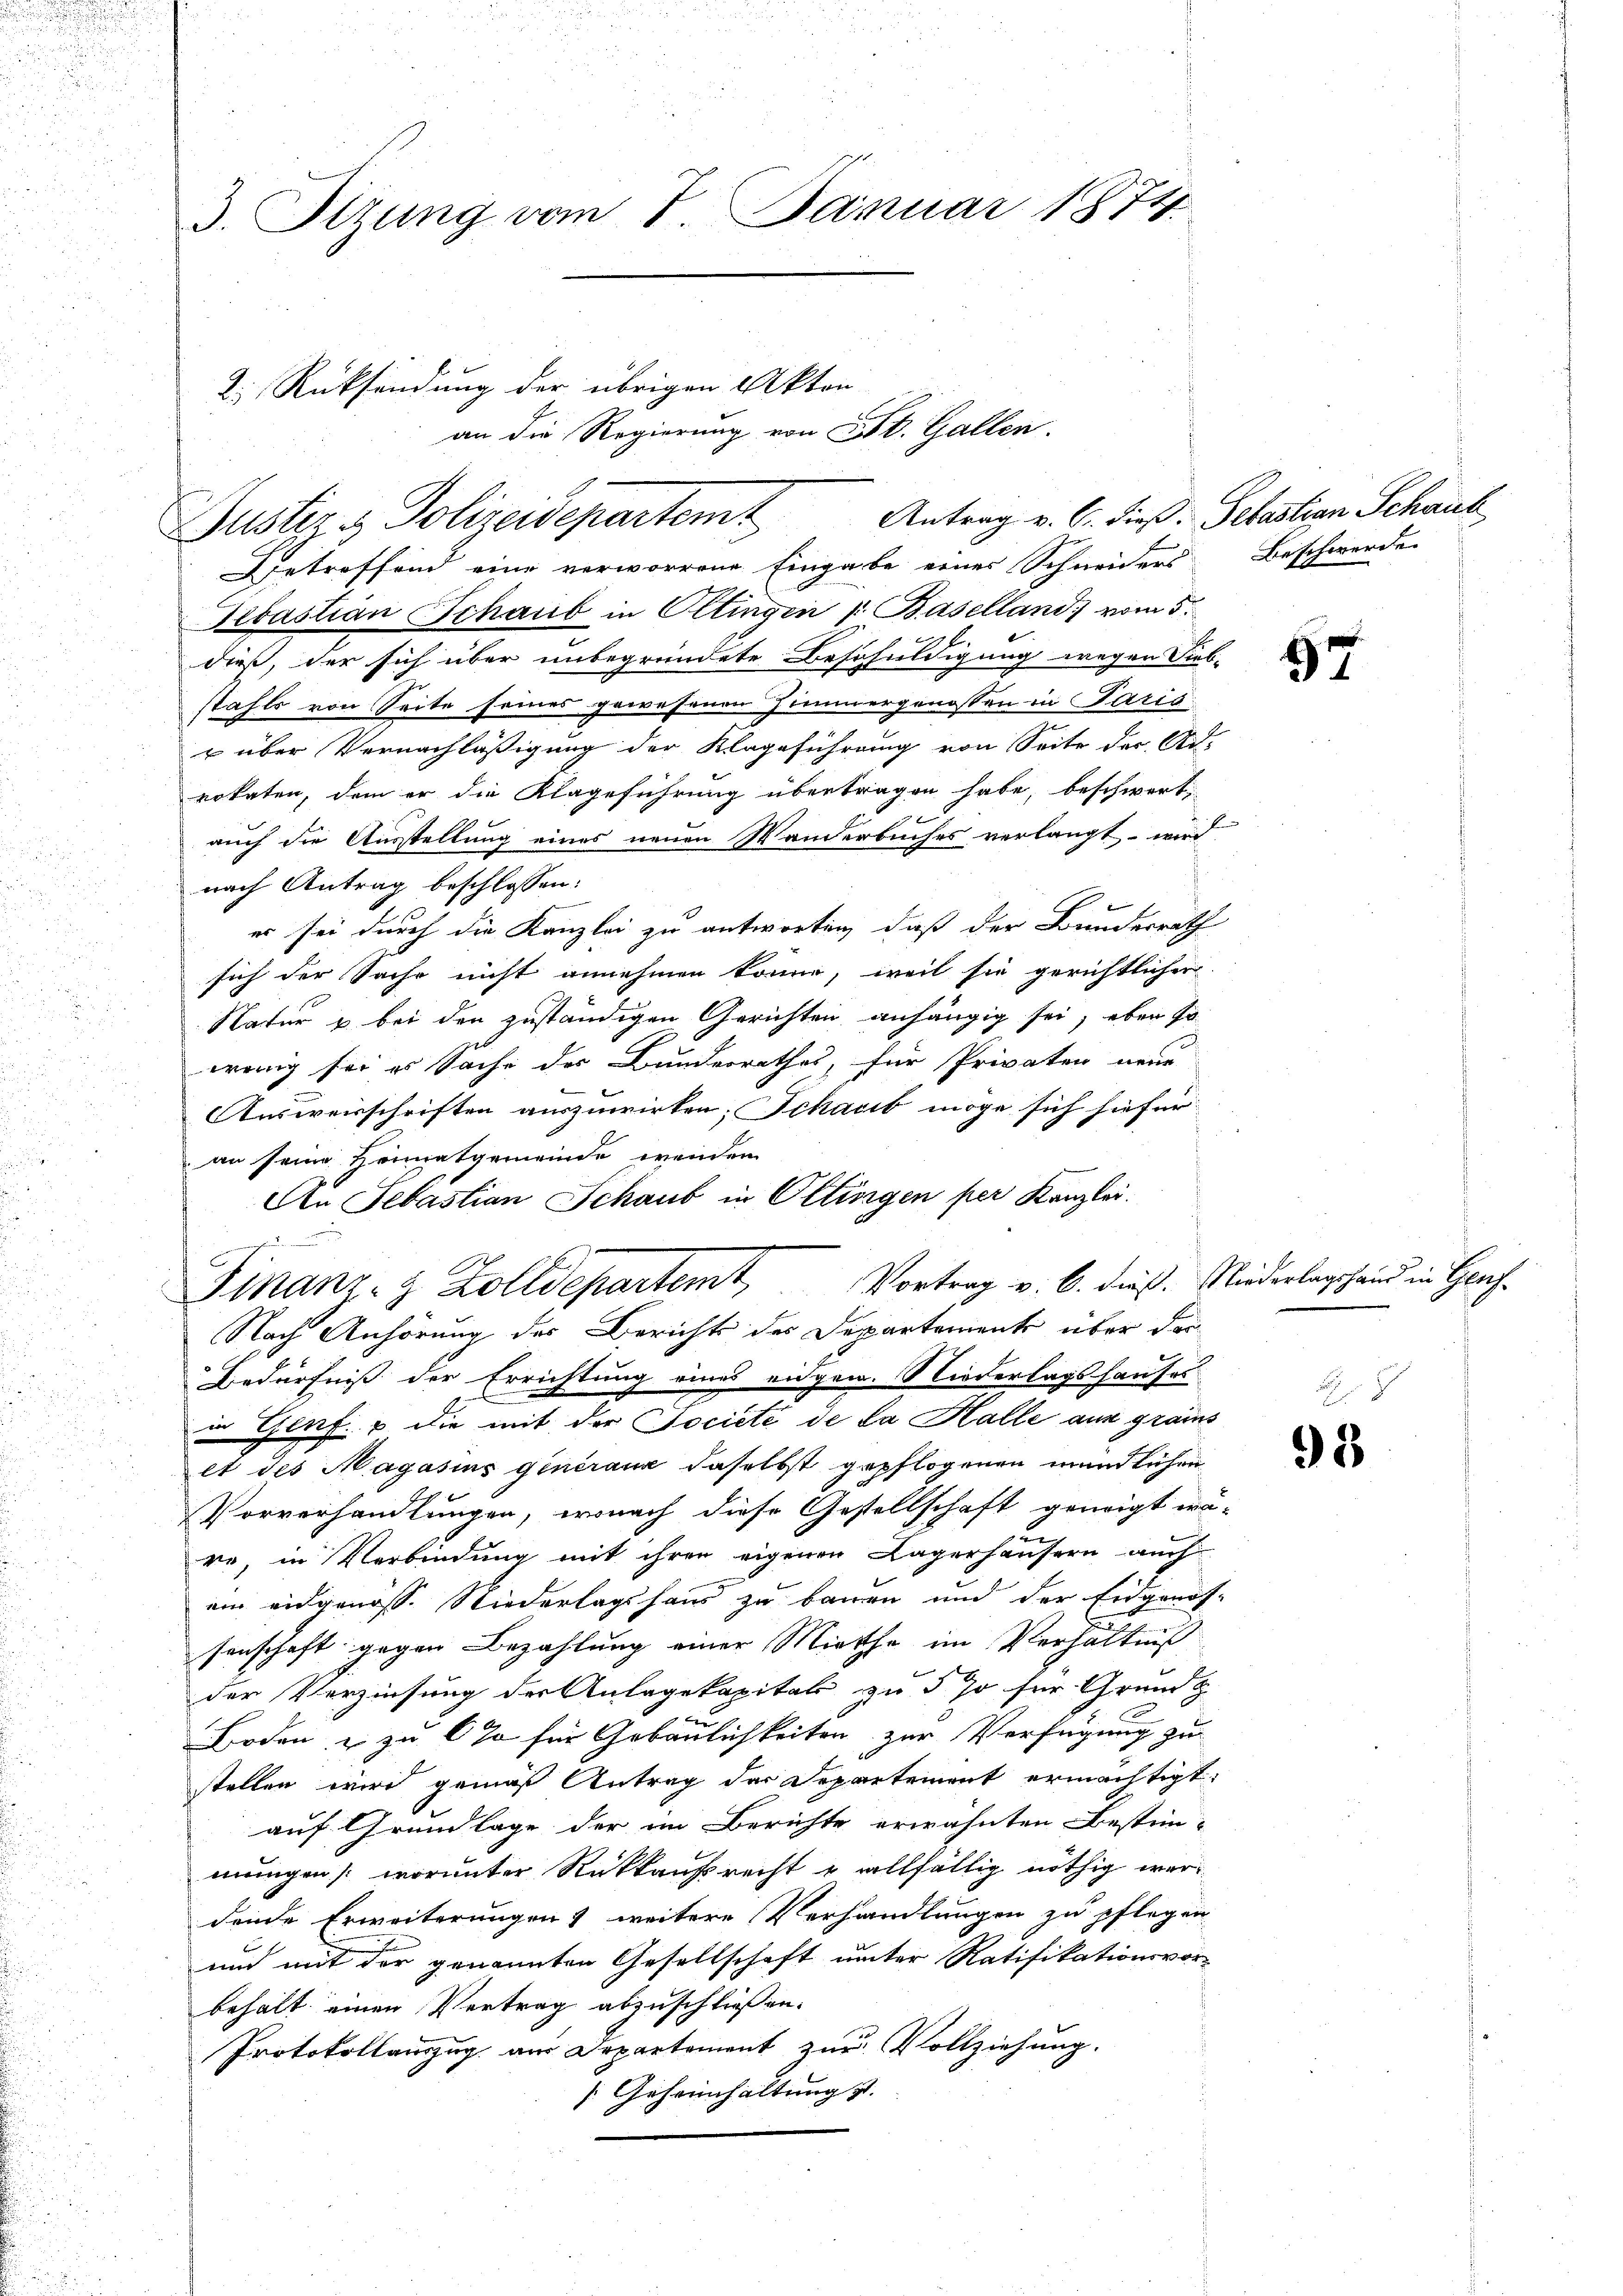
3. Sizung vom 7. Januar 1874.

2. Rücksendung der übrigen Akten
Getreffend eine verworrene Eingabe einer Schneiders Beschwerden
Sebastian Schaub in Oltingen " Baselland) vom 5.
dieß, der sich über unbegründete Beschuldigung wegen Sieb-
stahls von Seite seines gewesenen Zimmergenossen in Paris
u über Vernachläßigung der Klageführung von Seite der Ad-
rokaten, dem er die Klageführung übertragen habe, beschwert,
auch die Ausstellung eines neuen Wanderbuches verlangt wird
nach Antrag beschlossen:
es sei durch die Kanzlei zu antworten, daß der Bundesrath
sich der Sache nicht annehmen könne, weil sie gerichtlicher
Natur u. bei den zuständigen Gerichten anhängig sei; eben so
wenig sei es Sache des Bundesrathes, für Privaten neue
Ausweisschriften auszuwirken; Schaut möge sich hiefür
an seine Heimatgemeinde wenden
An Sebastian Schaub in Oltingen per Kanzlei.
Finanz- & Zolldepartemt, Vortrag v. 6. dieß. Niederlagshand in Glas-
Nach Anhörung des Berichts des Departemente über da
Bedürfniß der Errichtung eines eidgen. Niederlagshauses
in Genf. & die mit der Société de la Halle aus grais
et des Magasius ginéraux daselbst gepflogenen mündlichen
Vorverhandlungen, wonach diese Gestellschaft geneigt wä-
re, in Verbindung mit ihren eigenen Lagerhäusern auch
ein eidgenoss. Niederlagshaus zu bauen und der Eidgenos-
senschaft gegen Bezahlung einer Miethe im Verhältniß
der Verzinsung der Anlagekapital zu 5 so für Grundz
Boden, u zu 6% für Gebäulichkeiten zur Verfügung zu
stellen wird gemäß Antrag der Departement ermächtigt.
auf Grundlage der im Berichte erwähnten Bestein-
mungen (worunter Rückkaufsrecht u allfällig nöthig werdende Erweiterungen weitere Verhandlungen zu pflegen
und mit der genannten Gesellschaft unter Ratifikationsvorbehalt einen Vertrag abzuschließen.
Protokollauszug aus Departement zur Vollziehung.
[Geheimhaltung ist. |

an die Regierung von St. Gallen.

Justiz & Polizeidepartemt

Antrag v. C. dieß: Sebastian Schauk

57

93